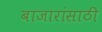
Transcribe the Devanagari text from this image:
बाजारांसाठी